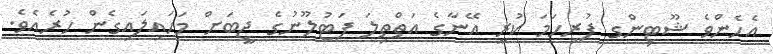
އެހެންވެ ޝޫޓިންގ ފުރިހަމަ ކުރީ އޭނާގެ އަތްތިލަ ފަޓުލޫނުގެ ޖީބަށް މަހައިލައިގެން ހުރެއެވެ.